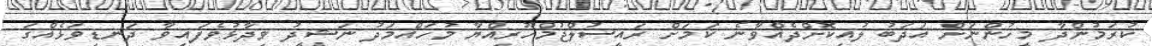
ކުރަމުންދާ މީހުންނަށް އަދަބު ލުއިކޮށްދެއްވާނެ ކަމަށް ރައީސުލްޖުމްހޫރިއްޔާ މުހައްމަދު ނަޝީދު ވިދާޅުވެފައިވާ ދަނޑިވަޅެއްގަ